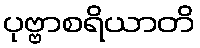
ပုဗ္ဗာစရိယာတိ